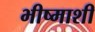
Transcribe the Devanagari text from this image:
भीष्माशी